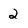
Character: 2